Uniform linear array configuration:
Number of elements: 48
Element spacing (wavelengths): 0.25
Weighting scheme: blackman
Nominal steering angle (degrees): -15
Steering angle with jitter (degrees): -13.728
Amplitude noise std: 0.05
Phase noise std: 0.05

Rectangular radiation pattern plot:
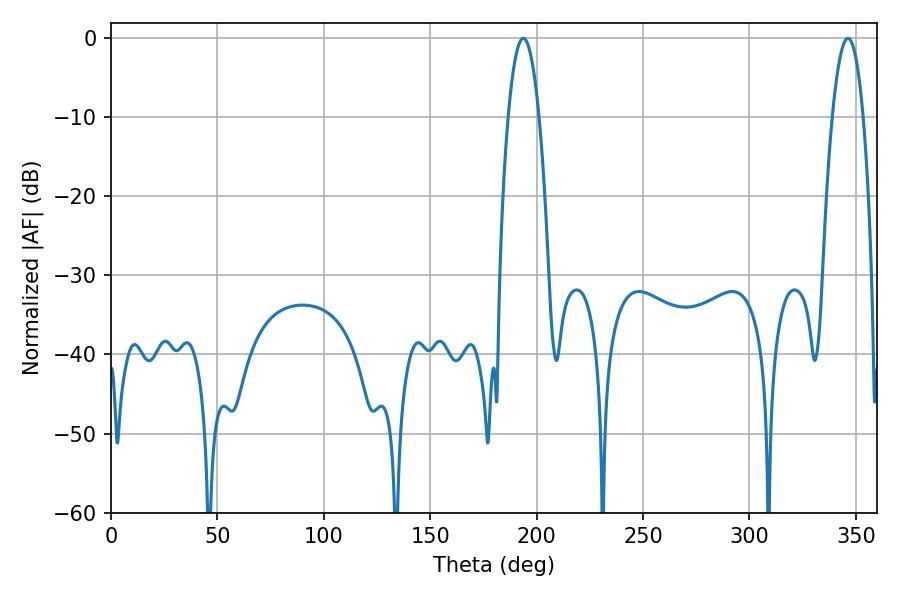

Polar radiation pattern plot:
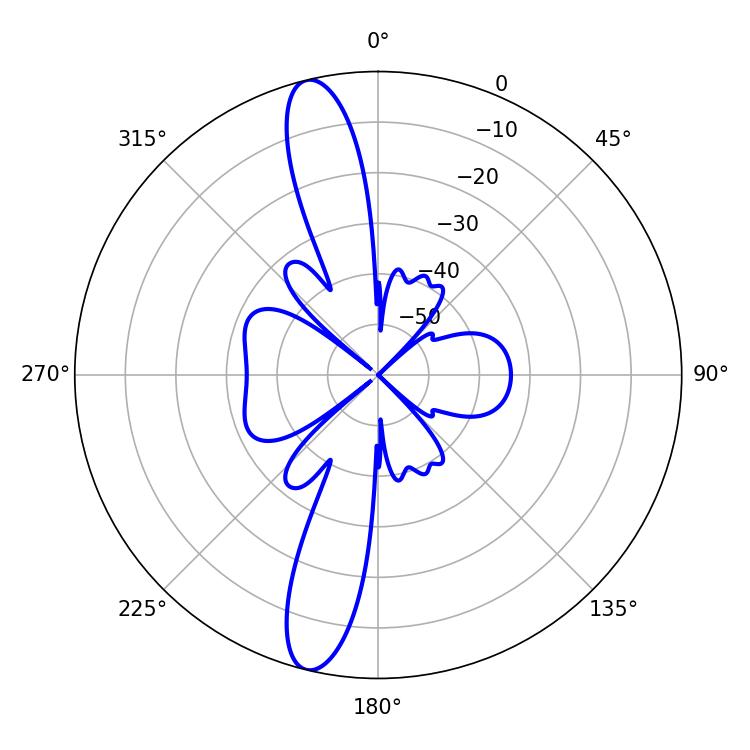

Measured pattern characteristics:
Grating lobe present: FALSE
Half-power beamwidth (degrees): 8.1
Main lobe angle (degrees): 193.68